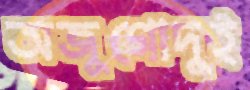
অজুগোদুই